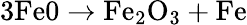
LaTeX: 3\mathrm{Fe0}\rightarrow\mathrm{Fe_{2}O_{3}+Fe}